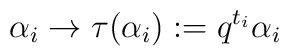
\alpha _{i}\rightarrow \tau (\alpha _{i}):=q^{t_{i}}\alpha _{i}\;